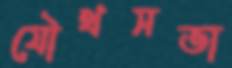
যৌথসভা